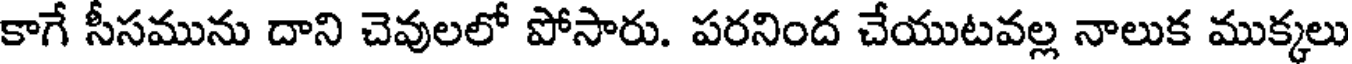
కాగే సీసమును దాని చెవులలో పోసారు. పరనింద చేయుటవల్ల నాలుక ముక్కలు